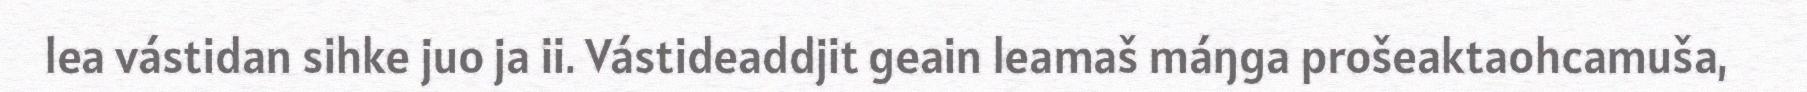
lea vástidan sihke juo ja ii. Vástideaddjit geain leamaš máŋga prošeaktaohcamuša,